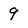
Character: 9